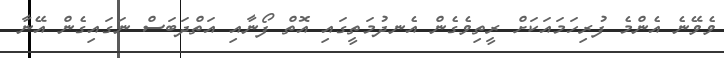
ވެވޭނެ އެންމެ ފުރިހަމައަކަށް ރީތިވެގެން އެނދުމަތީގައި އޮތް ފޯނާއި އަތްދަބަސް ނަގައިގެން އޭނާ